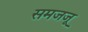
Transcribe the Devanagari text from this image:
समजजू